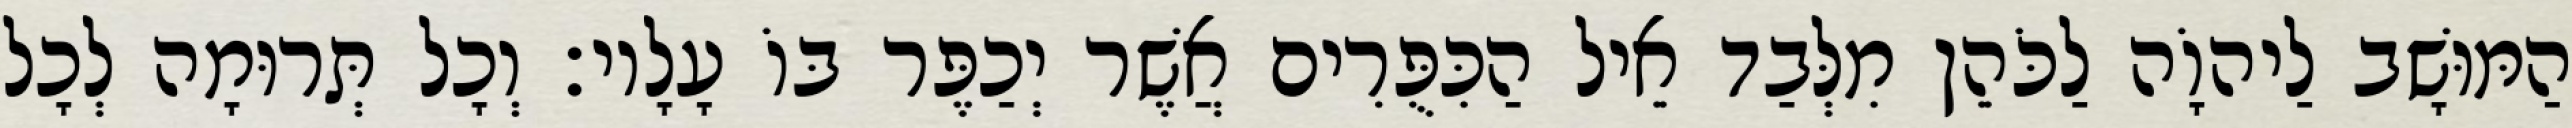
הַמּוּשָׁב לַיהוָֹה לַכֹּהֵן מִלְּבַד אֵיל הַכִּפֻּרִים אֲשֶׁר יְכַפֶּר בּוֹ עָלָיו׃ וְכָל תְּרוּמָה לְכָל